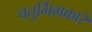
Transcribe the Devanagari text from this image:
चतुर्भिमकारे